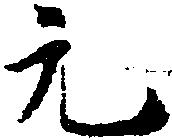
元